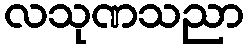
လသုဏသညာ